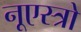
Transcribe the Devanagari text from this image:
नूएस्त्रो